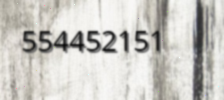
554452151